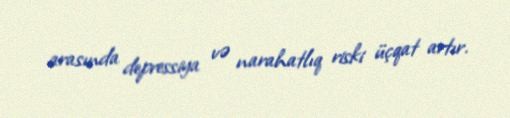
arasında depressiya və narahatlıq riski üçqat artır.